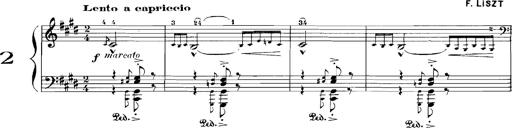
Title: Rhapsodies hongroises
Composer: Franz Liszt